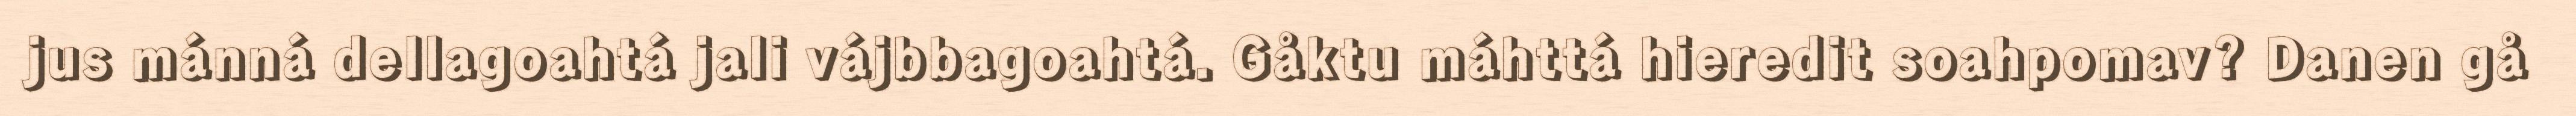
jus mánná dellagoahtá jali vájbbagoahtá. Gåktu máhttá hieredit soahpomav? Danen gå